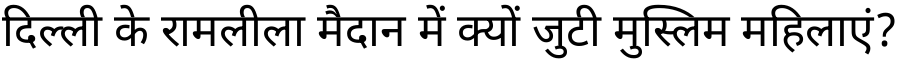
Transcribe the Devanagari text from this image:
दिल्ली के रामलीला मैदान में क्यों जुटी मुस्लिम महिलाएं?